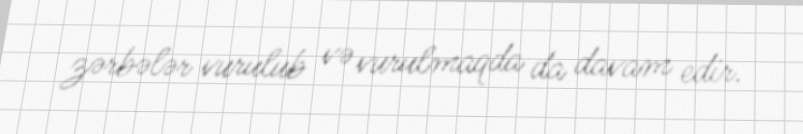
zərbələr vurulub və vurulmaqda da davam edir.